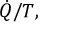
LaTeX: { \dot { Q } } / T ,